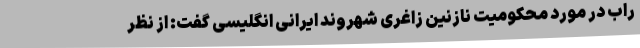
راب در مورد محکومیت نازنین زاغری شهروند ایرانی انگلیسی گفت: از نظر